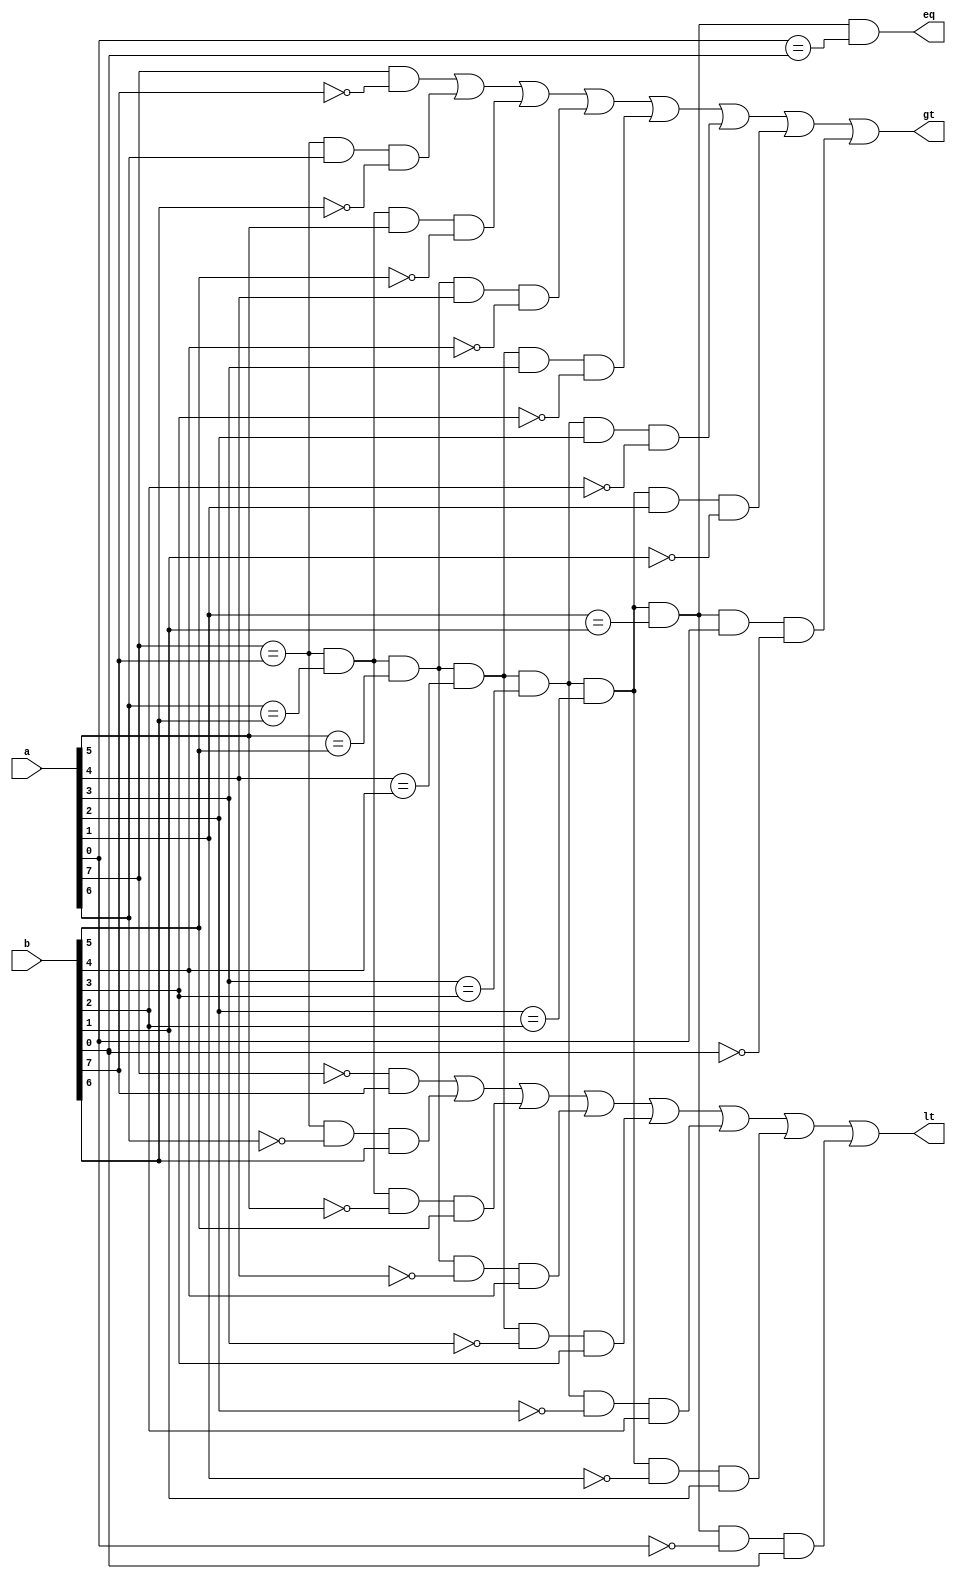
module compare_8bits(a,b,gt,lt,eq);

input[7:0] a,b;


output gt,lt,eq;

reg gt,lt,eq;

always@(a,b)
begin:comp_loop

integer i;
reg[8:0] gt_tmp,eq_tmp,lt_tmp;

gt_tmp=9'b000000000;
eq_tmp=9'b100000000;
lt_tmp=9'b000000000;
for(i=7;i>=0;i=i-1)
begin
	{gt_tmp[i],lt_tmp[i],eq_tmp[i]}=comp(a[i],b[i],gt_tmp[i+1],lt_tmp[i+1],eq_tmp[i+1]);
end
{gt,lt,eq}={gt_tmp[0],lt_tmp[0],eq_tmp[0]};
end


function[2:0] comp;
input ai,bi;
input gt_in,lt_in,eq_in;

reg gt_out,lt_out,eq_out;
begin 
gt_out=gt_in|(eq_in&ai&(~bi));
lt_out=lt_in|(eq_in&(~ai)&bi);
eq_out=(eq_in&(ai==bi));

comp={gt_out,lt_out,eq_out};
end


endfunction

endmodule